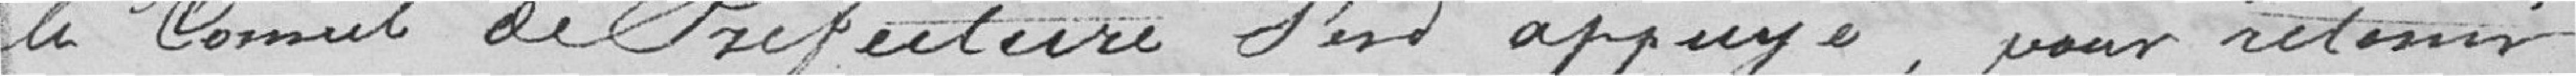
le Conseil de Préfecture s'est appuyé, pour retenir